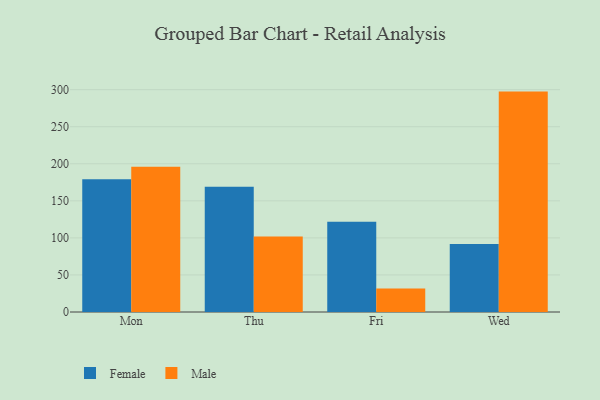
{"axis": {"x": "Day", "y": "Waste Production (Tons)"}, "legend": ["Female", "Male"], "data": [{"x": "Mon", "y": 179.0, "type": "Female"}, {"x": "Mon", "y": 195.9, "type": "Male"}, {"x": "Thu", "y": 169.1, "type": "Female"}, {"x": "Thu", "y": 102.0, "type": "Male"}, {"x": "Fri", "y": 121.8, "type": "Female"}, {"x": "Fri", "y": 31.7, "type": "Male"}, {"x": "Wed", "y": 91.6, "type": "Female"}, {"x": "Wed", "y": 297.4, "type": "Male"}]}